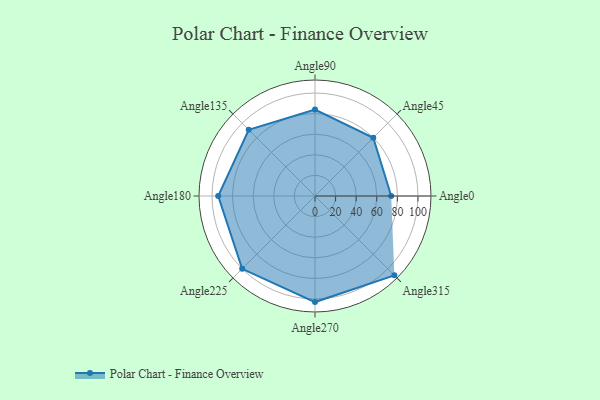
{"axis": {"x": "Angle", "y": "Radius"}, "legend": [""], "data": [{"x": "Angle0", "y": 74.0, "type": ""}, {"x": "Angle45", "y": 80.0, "type": ""}, {"x": "Angle90", "y": 84.0, "type": ""}, {"x": "Angle135", "y": 91.0, "type": ""}, {"x": "Angle180", "y": 94.0, "type": ""}, {"x": "Angle225", "y": 100.0, "type": ""}, {"x": "Angle270", "y": 103.0, "type": ""}, {"x": "Angle315", "y": 109.0, "type": ""}]}